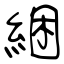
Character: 綑